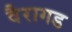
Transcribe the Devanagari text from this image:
वैरागड